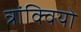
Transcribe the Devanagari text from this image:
त्रांक्वियो